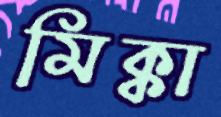
মিক্কা